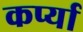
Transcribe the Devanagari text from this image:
कर्प्या